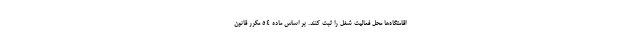
اقامتگاه‌ها محل فعالیت شغل را ثبت کنند. بر اساس ماده ۵۴ مکرر قانون